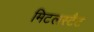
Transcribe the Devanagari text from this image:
मिटलस्टैट